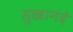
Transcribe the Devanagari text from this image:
सुखानंदे